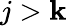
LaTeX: j>\mathbf{k}